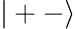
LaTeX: |+-\rangle